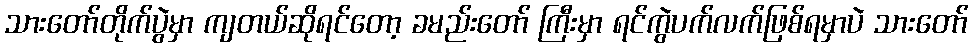
သားတော်တိုက်ပွဲမှာ ကျတယ်ဆိုရင်တော့ ခမည်းတော် ကြီးမှာ ရင်ကွဲပက်လက်ဖြစ်ရမှာပဲ သားတော်